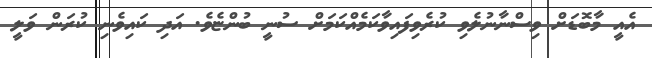
އެއީ މާބޮޑަށް ވިސްނާނުލެވި ކުރެވިފައިވާކަމެއްކަމަށް ސުނީ ބުންޏެވެ. އަދި ކައިވެނި ކުރަން ވަލީ